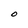
Character: O